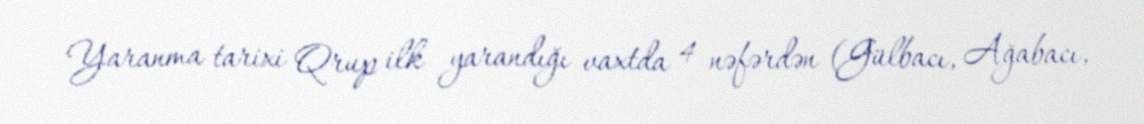
Yaranma tarixi Qrup ilk yarandığı vaxtda 4 nəfərdən (Gülbacı, Ağabacı,